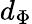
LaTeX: d_{\Phi}